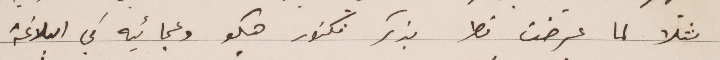
مثلا لما عرضت قط بذكر فكتور هيكو وعجائبه في البلاغة